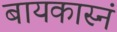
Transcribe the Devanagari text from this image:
बायकास्नं